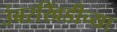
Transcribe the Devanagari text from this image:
उंबरखिंडीच्या